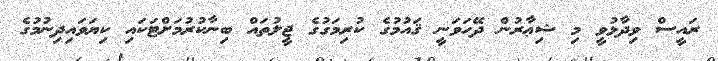
ރައީސް ވިދާޅުވީ މި ޝިޢާރުން ދޭހަވަނީ ޤައުމުގެ ކުރިމަގުގެ ޖީލުތައް ބިނާކުރުމަށްޓަކައި ކިޔަވައިދިނުމުގެ